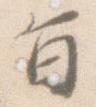
旨